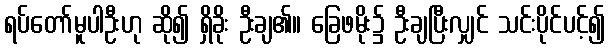
ရပ်တော်မူပါဦးဟု ဆို၍ ရှိခိုး ဦးချ၏။ ခြေဖမိုး၌ ဦးချပြီးလျှင် သင်းပိုင်ပင့်၍